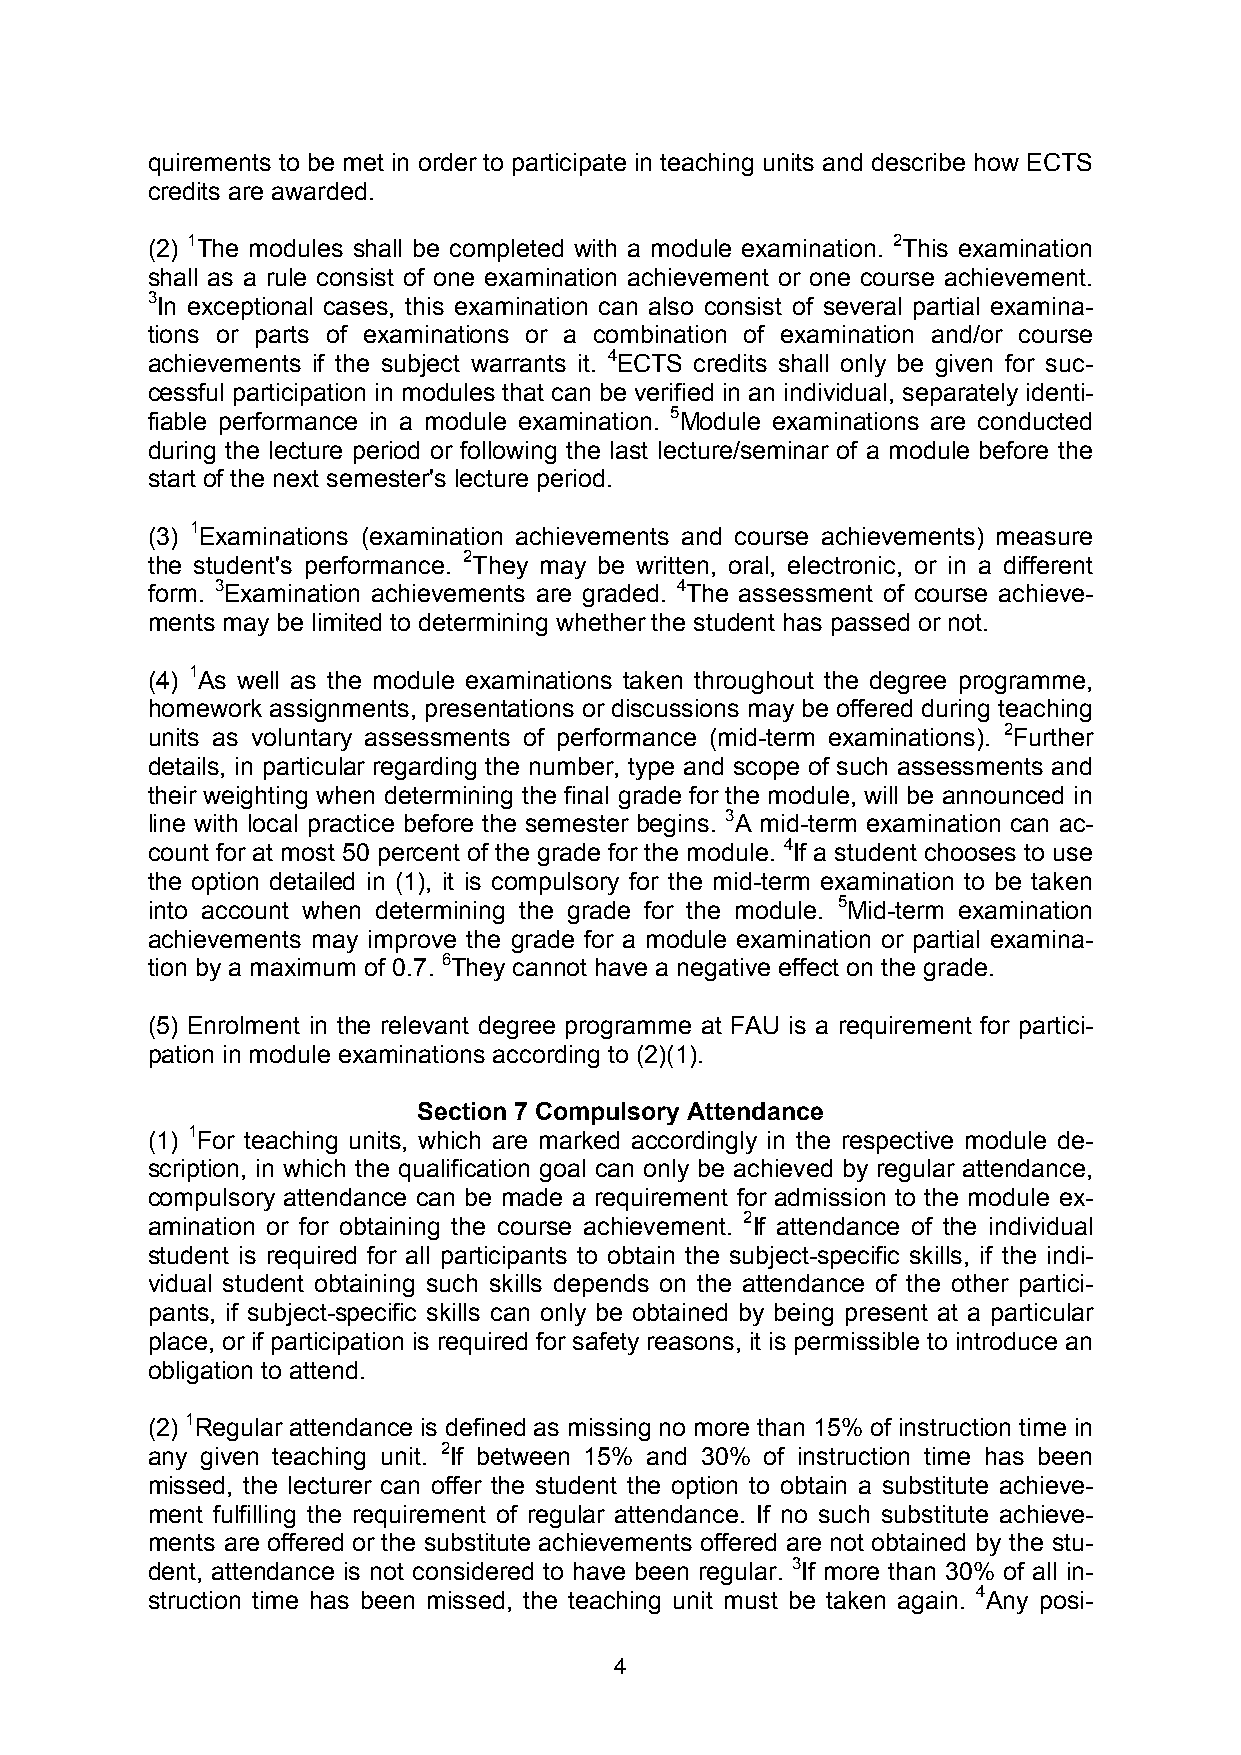
quirements to be met in order to participate in teaching units and describe how ECTS
 credits are awarded.
 (2) 1The modules shall be completed with a module examination. 2This examination
 shall as a rule consist of one examination achievement or one course achievement.
 3In exceptional cases, this examination can also consist of several partial examina-
 tions or parts of examinations or a combination of examination and/or course
 achievements if the subject warrants it. 4ECTS credits shall only be given for suc-
 cessful participation in modules that can be verified in an individual, separately identi-
 fiable performance in a module examination. 5Module examinations are conducted
 during the lecture period or following the last lecture/seminar of a module before the
 start of the next semester's lecture period.
 (3) 1Examinations (examination achievements and course achievements) measure
 the student's performance. 2They may be written, oral, electronic, or in a different
 form. 3Examination achievements are graded. 4The assessment of course achieve-
 ments may be limited to determining whether the student has passed or not.
 (4) 1As well as the module examinations taken throughout the degree programme,
 homework assignments, presentations or discussions may be offered during teaching
 units as voluntary assessments of performance (mid-term examinations). 2Further
 details, in particular regarding the number, type and scope of such assessments and
 their weighting when determining the final grade for the module, will be announced in
 line with local practice before the semester begins. 3A mid-term examination can ac-
 count for at most 50 percent of the grade for the module. 4If a student chooses to use
 the option detailed in (1), it is compulsory for the mid-term examination to be taken
 into account when determining the grade for the module. 5Mid-term examination
 achievements may improve the grade for a module examination or partial examina-
 tion by a maximum of 0.7. 6They cannot have a negative effect on the grade.
 (5) Enrolment in the relevant degree programme at FAU is a requirement for partici-
 pation in module examinations according to (2)(1).
 Section 7 Compulsory Attendance
 (1) 1For teaching units, which are marked accordingly in the respective module de-
 scription, in which the qualification goal can only be achieved by regular attendance,
 compulsory attendance can be made a requirement for admission to the module ex-
 amination or for obtaining the course achievement. 2If attendance of the individual
 student is required for all participants to obtain the subject-specific skills, if the indi-
 vidual student obtaining such skills depends on the attendance of the other partici-
 pants, if subject-specific skills can only be obtained by being present at a particular
 place, or if participation is required for safety reasons, it is permissible to introduce an
 obligation to attend.
 (2) 1Regular attendance is defined as missing no more than 15% of instruction time in
 any given teaching unit. 2If between 15% and 30% of instruction time has been
 missed, the lecturer can offer the student the option to obtain a substitute achieve-
 ment fulfilling the requirement of regular attendance. If no such substitute achieve-
 ments are offered or the substitute achievements offered are not obtained by the stu-
 dent, attendance is not considered to have been regular. 3If more than 30% of all in-
 struction time has been missed, the teaching unit must be taken again. 4Any posi-
 4